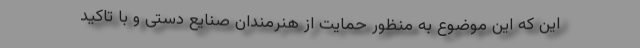
این که این موضوع به منظور حمایت از هنرمندان صنایع دستی و با تاکید